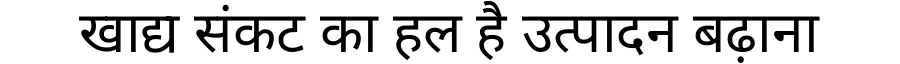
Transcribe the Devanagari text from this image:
खाद्य संकट का हल है उत्पादन बढ़ाना